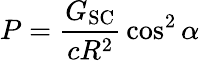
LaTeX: P={\frac{G_{\mathrm{SC}}}{cR^{2}}}\cos^{2}\alpha